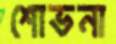
শোভনা